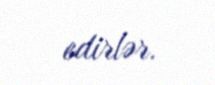
edirlər.